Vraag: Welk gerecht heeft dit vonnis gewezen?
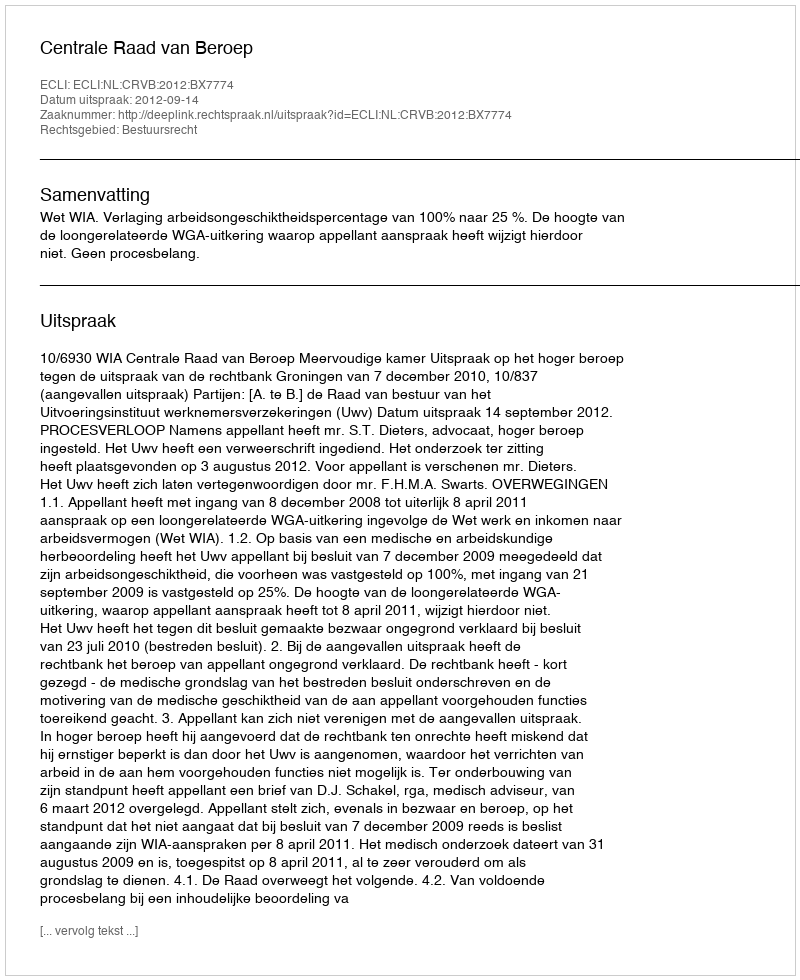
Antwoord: Centrale Raad van Beroep